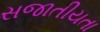
સજાતીયતા